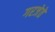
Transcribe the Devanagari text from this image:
गरजेते